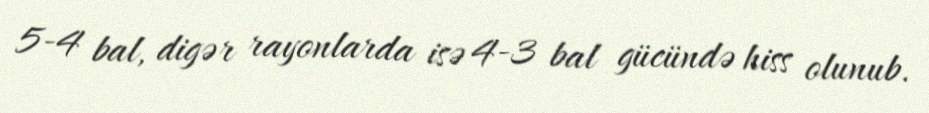
5-4 bal, digər rayonlarda isə 4-3 bal gücündə hiss olunub.